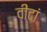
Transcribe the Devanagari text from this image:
वीटां